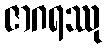
ဇာဂရဿု